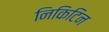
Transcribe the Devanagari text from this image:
निकिटिन